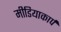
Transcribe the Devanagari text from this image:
मीडियाकार्प